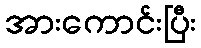
အားကောင်းပြီး